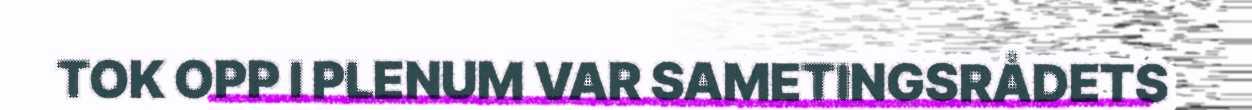
TOK OPP I PLENUM VAR SAMETINGSRÅDETS